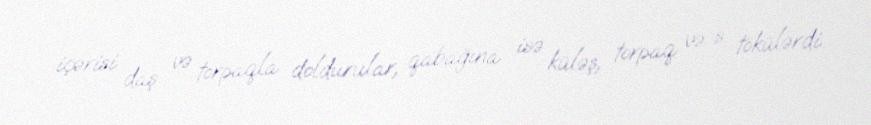
içərisi daş və torpaqla doldurular, qabağına isə küləş, torpaq və s. tökülərdi.